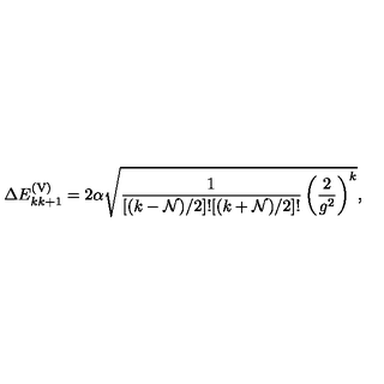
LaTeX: \Delta E _ { k k + 1 } ^ { \mathrm { ( V ) } } = 2 \alpha \sqrt { { \frac { 1 } { [ ( k - { \cal N } ) / 2 ] ! [ ( k + { \cal N } ) / 2 ] ! } } \left( { \frac { 2 } { g ^ { 2 } } } \right) ^ { k } } ,